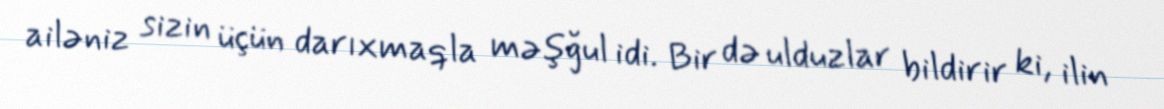
ailəniz sizin üçün darıxmaqla məşğul idi. Bir də ulduzlar bildirir ki, ilin